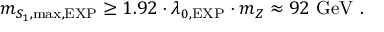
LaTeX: m _ { S _ { 1 } , \mathrm { m a x } , \mathrm { E X P } } \ge 1 . 9 2 \cdot \lambda _ { 0 , \mathrm { E X P } } \cdot m _ { Z } \approx 9 2 \ \mathrm { G e V } \ .